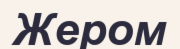
Жером